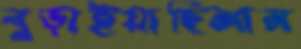
বুড়াইয়াছিলাম